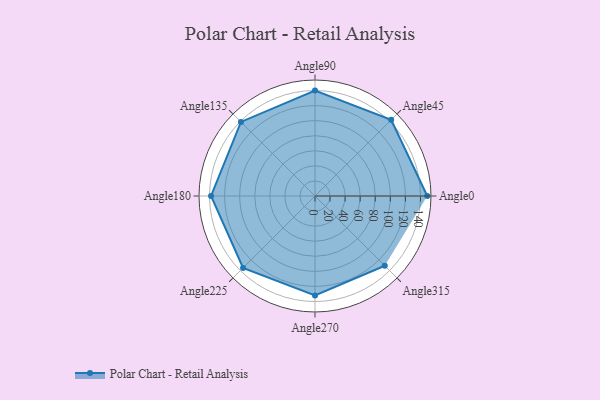
{"axis": {"x": "Angle", "y": "Radius"}, "legend": [""], "data": [{"x": "Angle0", "y": 149.0, "type": ""}, {"x": "Angle45", "y": 143.0, "type": ""}, {"x": "Angle90", "y": 140.0, "type": ""}, {"x": "Angle135", "y": 139.0, "type": ""}, {"x": "Angle180", "y": 138.0, "type": ""}, {"x": "Angle225", "y": 135.0, "type": ""}, {"x": "Angle270", "y": 132.0, "type": ""}, {"x": "Angle315", "y": 131.0, "type": ""}]}